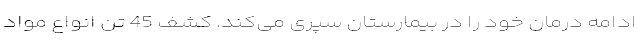
ادامه درمان خود را در بیمارستان سپری می‌کند. کشف 45 تن انواع مواد